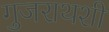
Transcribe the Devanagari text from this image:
गुजराथशी